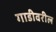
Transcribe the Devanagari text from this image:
गाडीवरील